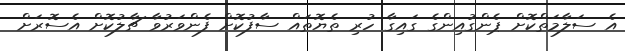
އެ ސަލާމަތްކޮށް ޕެންގުއިންގެ ގައިގާ ހުރި ތެޔޮތައް ސާފުކޮށް ފެންވަރުވާ ޗާލުކޮށް އެސޮރަށް